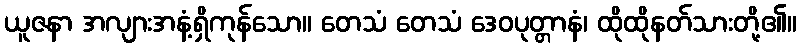
ယူဇနာ အလျားအနံ့ရှိကုန်သော။ တေသံ တေသံ ဒေဝပုတ္တာနံ၊ ထိုထိုနတ်သားတို့၏။